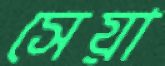
সেয়া